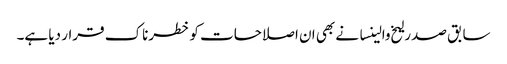
سابق صدر لیخ والینسا نے بھی ان اصلاحات کو خطرناک قرار دیا ہے۔